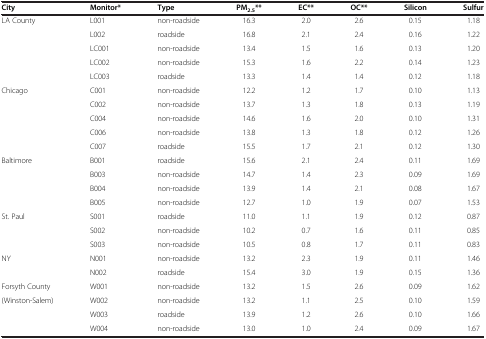
<table><thead><tr><td><b>City</b></td><td><b>Monitor*</b></td><td><b>Type</b></td><td><b>PM<sub>2.5</sub>**</b></td><td><b>EC**</b></td><td><b>OC**</b></td><td><b>Silicon</b></td><td><b>Sulfur</b></td></tr></thead><tbody><tr><td>LA County</td><td>L001</td><td>non-roadside</td><td>16.3</td><td>2.0</td><td>2.6</td><td>0.15</td><td>1.18</td></tr><tr><td> </td><td>L002</td><td>roadside</td><td>16.8</td><td>2.1</td><td>2.4</td><td>0.16</td><td>1.22</td></tr><tr><td> </td><td>LC001</td><td>non-roadside</td><td>13.4</td><td>1.5</td><td>1.6</td><td>0.13</td><td>1.20</td></tr><tr><td> </td><td>LC002</td><td>non-roadside</td><td>15.3</td><td>1.6</td><td>2.2</td><td>0.14</td><td>1.23</td></tr><tr><td> </td><td>LC003</td><td>roadside</td><td>13.3</td><td>1.4</td><td>1.4</td><td>0.12</td><td>1.18</td></tr><tr><td>Chicago</td><td>C001</td><td>non-roadside</td><td>12.2</td><td>1.2</td><td>1.7</td><td>0.10</td><td>1.13</td></tr><tr><td> </td><td>C002</td><td>non-roadside</td><td>13.7</td><td>1.3</td><td>1.8</td><td>0.13</td><td>1.19</td></tr><tr><td> </td><td>C004</td><td>non-roadside</td><td>14.6</td><td>1.6</td><td>2.0</td><td>0.10</td><td>1.31</td></tr><tr><td> </td><td>C006</td><td>non-roadside</td><td>13.8</td><td>1.3</td><td>1.8</td><td>0.12</td><td>1.26</td></tr><tr><td> </td><td>C007</td><td>roadside</td><td>15.5</td><td>1.7</td><td>2.1</td><td>0.12</td><td>1.30</td></tr><tr><td>Baltimore</td><td>B001</td><td>roadside</td><td>15.6</td><td>2.1</td><td>2.4</td><td>0.11</td><td>1.69</td></tr><tr><td> </td><td>B003</td><td>non-roadside</td><td>14.7</td><td>1.4</td><td>2.3</td><td>0.09</td><td>1.69</td></tr><tr><td> </td><td>B004</td><td>non-roadside</td><td>13.9</td><td>1.4</td><td>2.1</td><td>0.08</td><td>1.67</td></tr><tr><td> </td><td>B005</td><td>non-roadside</td><td>12.7</td><td>1.0</td><td>1.9</td><td>0.07</td><td>1.53</td></tr><tr><td>St. Paul</td><td>S001</td><td>roadside</td><td>11.0</td><td>1.1</td><td>1.9</td><td>0.12</td><td>0.87</td></tr><tr><td> </td><td>S002</td><td>non-roadside</td><td>10.2</td><td>0.7</td><td>1.6</td><td>0.11</td><td>0.85</td></tr><tr><td> </td><td>S003</td><td>non-roadside</td><td>10.5</td><td>0.8</td><td>1.7</td><td>0.11</td><td>0.83</td></tr><tr><td>NY</td><td>N001</td><td>non-roadside</td><td>13.2</td><td>2.3</td><td>1.9</td><td>0.11</td><td>1.46</td></tr><tr><td> </td><td>N002</td><td>roadside</td><td>15.4</td><td>3.0</td><td>1.9</td><td>0.15</td><td>1.36</td></tr><tr><td>Forsyth County</td><td>W001</td><td>non-roadside</td><td>13.2</td><td>1.5</td><td>2.6</td><td>0.09</td><td>1.62</td></tr><tr><td>(Winston-Salem)</td><td>W002</td><td>non-roadside</td><td>13.2</td><td>1.1</td><td>2.5</td><td>0.10</td><td>1.59</td></tr><tr><td> </td><td>W003</td><td>roadside</td><td>13.9</td><td>1.2</td><td>2.6</td><td>0.10</td><td>1.66</td></tr><tr><td> </td><td>W004</td><td>non-roadside</td><td>13.0</td><td>1.0</td><td>2.4</td><td>0.09</td><td>1.67</td></tr></tbody></table>